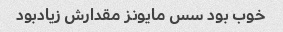
خوب بود سس مایونز مقدارش زیادبود